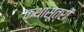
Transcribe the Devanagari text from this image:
कथासूत्रों